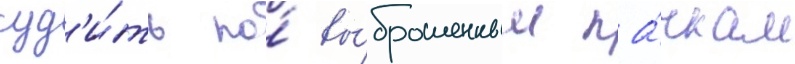
суд'и́ть по́ вы́брошенным па́чкам